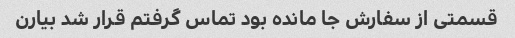
قسمتی از سفارش جا مانده بود تماس گرفتم قرار شد بیارن